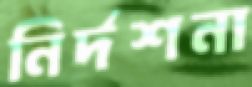
নির্দশনা